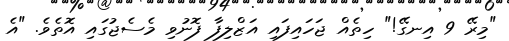
"މިރޭ 9 އިނގޭ!" ހިތެއް ޖަހައިފައި އަޒްލިފާ ފޮނުވި މެސެޖުގައި އޮތެވެ. "އެ